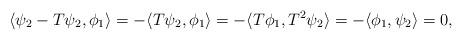
LaTeX: \begin{align*} \langle \psi_2 - T \psi_2, \phi_1 \rangle = - \langle T \psi_2, \phi_1 \rangle = - \langle T \phi_1, T^2 \psi_2 \rangle = - \langle \phi_1, \psi_2 \rangle = 0, \end{align*}